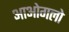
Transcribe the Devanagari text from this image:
आओगलो